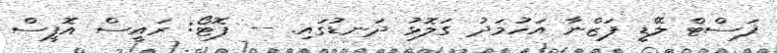
ފަސްޓް ލޭޑީ ފަޒްނާ އަހުމަދު ގަލޮޅު ދަނޑުގައި. -- ފޮޓޯ: ރައީސް އޮފީސް